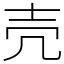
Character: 壳